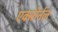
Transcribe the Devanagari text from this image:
एक्स्तेर्नल